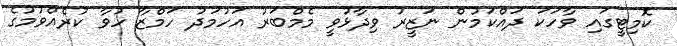
ކޮމިޓީގައި ވާހަކަ ދައްކަމުން ނަޒީރު ވިދާޅުވީ މެމްބަރު އަހުމަދު ހަމްޒާ ހުވާ ކުރެއްވުމުގެ